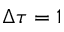
\Delta \tau = 1